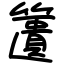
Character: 籄